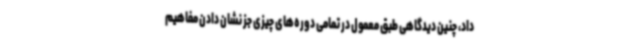
داد، چنین دیدگاهی طبق معمول در تمامی دوره‌های چیزی جز نشان دادن مفاهیم